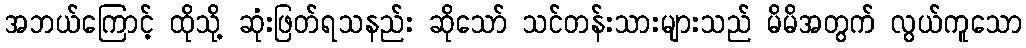
အဘယ်ကြောင့် ထိုသို့ ဆုံးဖြတ်ရသနည်း ဆိုသော် သင်တန်းသားများသည် မိမိအတွက် လွယ်ကူသော